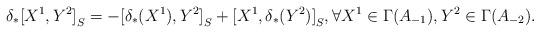
LaTeX: \begin{align*}{\delta}_*{[X^1,Y^2]}_S=-{[{\delta}_*(X^1),Y^2]}_S+{[X^1,{\delta}_*(Y^2)]}_S,\forall X^1\in\Gamma(A_{-1}), Y^2\in\Gamma(A_{-2}).\end{align*}